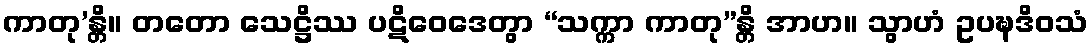
ကာတု’န္တိ။ တတော သေဋ္ဌိဿ ပဋိဝေဒေတွာ “သက္ကာ ကာတု”န္တိ အာဟ။ သွာဟံ ဥပဍ္ဎဒိဝသံ